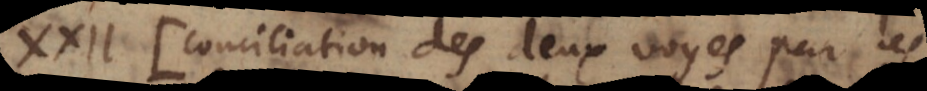
XXII. Conciliation des deux voyes par les